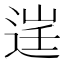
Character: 𨓒